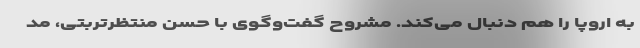
به اروپا را هم دنبال می‌کند. مشروح گفت‌وگوی با حسن منتظرتربتی، مد